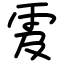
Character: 雭